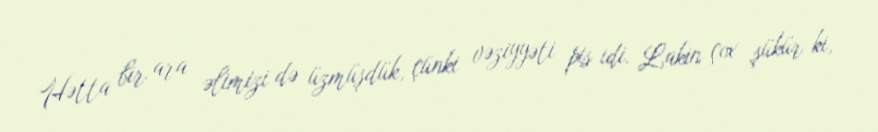
Hətta bir ara əlimizi də üzmüşdük, çünki vəziyyəti pis idi. Lakin çox şükür ki,